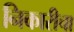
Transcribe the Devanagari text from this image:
निकारीचा